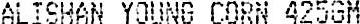
ALISHAN YOUNG CORN 425GM